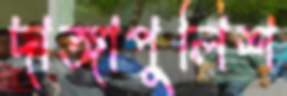
দাঙ্গাপুলিশ